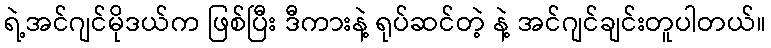
ရဲ့အင်ဂျင်မိုဒယ်က ဖြစ်ပြီး ဒီကားနဲ့ ရုပ်ဆင်တဲ့ နဲ့ အင်ဂျင်ချင်းတူပါတယ်။